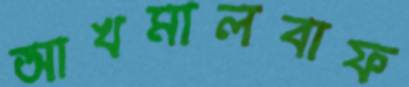
আখমালবাফ